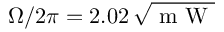
\Omega / 2 \pi = 2 . 0 2 \, \sqrt { \mathrm { ~ m ~ W ~ } }